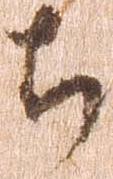
ち